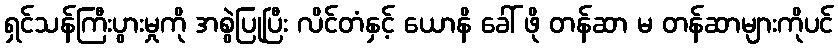
ရှင်သန်ကြီးပွားမှုကို အစွဲပြုပြီး လိင်တံနှင့် ယောနိ ခေါ် ဖို တန်ဆာ မ တန်ဆာများကိုပင်